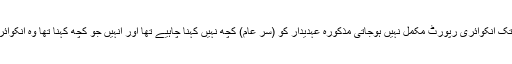
ان کا مزید کہنا تھا کہ ’جب تک انکوائری رپورٹ مکمل نہیں ہوجاتی مذکورہ عہدیدار کو (سرِ عام) کچھ نہیں کہنا چاہیے تھا اور انہیں جو کچھ کہنا تھا وہ انکوائری بورڈ کے سامنے کہتے‘۔